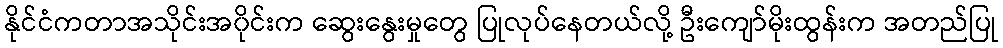
နိုင်ငံကတာအသိုင်းအ၀ိုင်းက ဆွေးနွေးမှုတွေ ပြုလုပ်နေတယ်လို့ ဦးကျော်မိုးထွန်းက အတည်ပြု